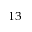
^ { 1 3 }